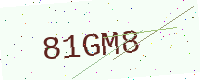
Text: 81GM8